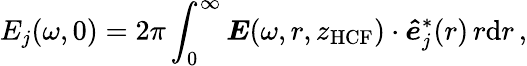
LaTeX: E_{j}(\omega,0)=2\pi\int_{0}^{\infty}\boldsymbol{E}(\omega,r,z_{\mathrm{HCF}})\cdot\boldsymbol{\hat{e}}_{j}^{*}(r)\, r\mathrm{d}r\, ,